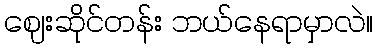
ဈေးဆိုင်တန်း ဘယ်နေရာမှာလဲ။